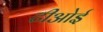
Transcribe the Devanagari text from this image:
टीओई